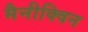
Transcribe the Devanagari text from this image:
मैनीक्विन